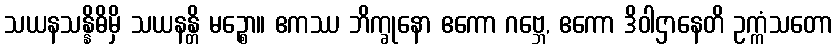
သယနသန္နိဓိမှိ သယနန္တိ မဉ္စော။ ဧကဿ ဘိက္ခုနော ဧကော ဂဗ္ဘေ, ဧကော ဒိဝါဌာနေတိ ဥက္ကံသတော